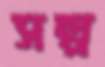
সল্প